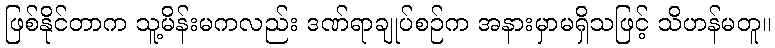
ဖြစ်နိုင်တာက သူ့မိန်းမကလည်း ဒဏ်ရာချုပ်စဉ်က အနားမှာမရှိသဖြင့် သိဟန်မတူ။